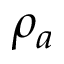
\rho _ { a }